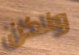
ولكن